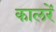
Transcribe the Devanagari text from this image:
कालरें